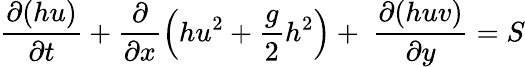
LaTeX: \frac{\partial(hu)}{\partial t}+\frac{\partial}{\partial x}\left(hu^{2}+\frac{g}{2}h^{2}\right)+\ \frac{\partial(huv)}{\partial y}=S